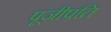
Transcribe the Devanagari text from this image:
पूंजीपति